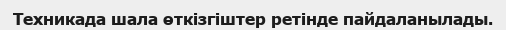
Техникада шала өткізгіштер ретінде пайдаланылады.